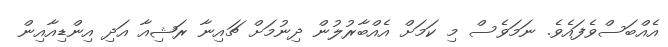
އެއްބަސްވެފައެވެ. ނަމަވެސް މި ކަމަށް އެއްބާރުލުން ދިނުމަށް ޗައިނާ ރަޝިއާ އަދި އިންޑިއާއިން